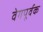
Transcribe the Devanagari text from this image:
वेगपूर्वक